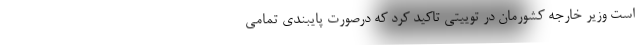
است وزیر خارجه کشورمان در توییتی تاکید کرد که درصورت پایبندی تمامی